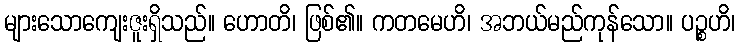
များသောကျေးဇူးရှိသည်။ ဟောတိ၊ ဖြစ်၏။ ကတမေဟိ၊ အဘယ်မည်ကုန်သော။ ပဉ္စဟိ၊